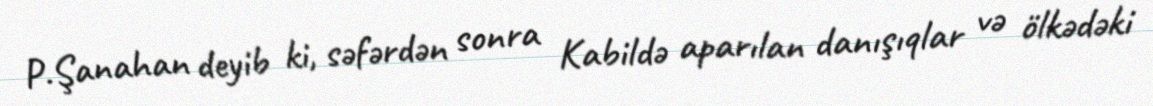
P.Şanahan deyib ki, səfərdən sonra Kabildə aparılan danışıqlar və ölkədəki